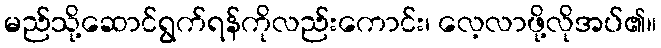
မည်သို့ဆောင်ရွက်ရန်ကိုလည်းကောင်း၊ လေ့လာဖို့လိုအပ်၏။